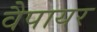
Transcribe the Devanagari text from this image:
वैपायर